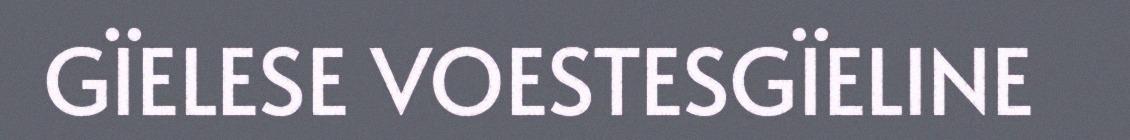
GÏELESE VOESTESGÏELINE